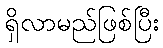
ရှိလာမည်ဖြစ်ပြီး